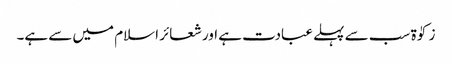
زکوٰۃ سب سے پہلے عبادت ہے اور شعائر اسلام میں سے ہے۔